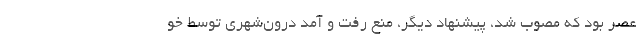
عصر بود که مصوب شد، پیشنهاد دیگر، منع رفت و آمد درون‌شهری توسط خو